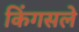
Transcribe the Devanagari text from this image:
किंगसले